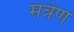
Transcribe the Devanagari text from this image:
मंत्रेण